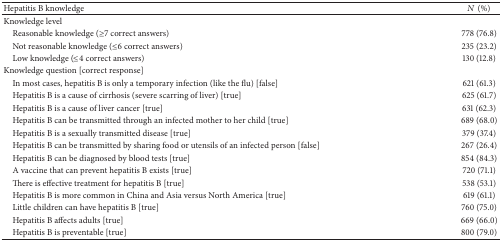
<table><thead><tr><td><b>Hepatitis B knowledge</b></td><td><b><i>N</i> (%)</b></td></tr></thead><tbody><tr><td>Knowledge level</td><td> </td></tr><tr><td> Reasonable knowledge (≥7 correct answers)</td><td>778 (76.8)</td></tr><tr><td> Not reasonable knowledge (≤6 correct answers)</td><td>235 (23.2)</td></tr><tr><td> Low knowledge (≤4 correct answers)</td><td>130 (12.8)</td></tr><tr><td>Knowledge question [correct response]</td><td> </td></tr><tr><td> In most cases, hepatitis B is only a temporary infection (like the flu) [false]</td><td>621 (61.3)</td></tr><tr><td> Hepatitis B is a cause of cirrhosis (severe scarring of liver) [true]</td><td>625 (61.7)</td></tr><tr><td> Hepatitis B is a cause of liver cancer [true]</td><td>631 (62.3)</td></tr><tr><td> Hepatitis B can be transmitted through an infected mother to her child [true]</td><td>689 (68.0)</td></tr><tr><td> Hepatitis B is a sexually transmitted disease [true]</td><td>379 (37.4)</td></tr><tr><td> Hepatitis B can be transmitted by sharing food or utensils of an infected person [false]</td><td>267 (26.4)</td></tr><tr><td> Hepatitis B can be diagnosed by blood tests [true]</td><td>854 (84.3)</td></tr><tr><td> A vaccine that can prevent hepatitis B exists [true]</td><td>720 (71.1)</td></tr><tr><td> There is effective treatment for hepatitis B [true]</td><td>538 (53.1)</td></tr><tr><td> Hepatitis B is more common in China and Asia versus North America [true]</td><td>619 (61.1)</td></tr><tr><td> Little children can have hepatitis B [true]</td><td>760 (75.0)</td></tr><tr><td> Hepatitis B affects adults [true]</td><td>669 (66.0)</td></tr><tr><td> Hepatitis B is preventable [true]</td><td>800 (79.0)</td></tr></tbody></table>